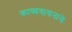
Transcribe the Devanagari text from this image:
काव्यगायनाचे